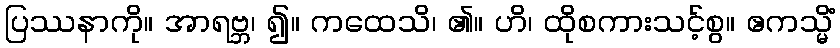
ပြဿနာကို။ အာရဗ္ဘ၊ ၍။ ကထေသိ၊ ၏။ ဟိ၊ ထိုစကားသင့်စွ။ ဧကသ္မိံ